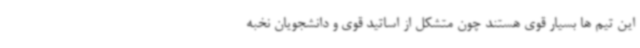
این تیم ها بسیار قوی هستند چون متشکل از اساتید قوی و دانشجویان نخبه